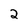
Character: 2